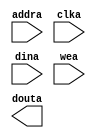
////////////////////////////////////////////////////////////////////////////////
// Copyright (c) 1995-2013 Xilinx, Inc.  All rights reserved.
////////////////////////////////////////////////////////////////////////////////
//   ____  ____ 
//  /   /\/   / 
// /___/  \  /    Vendor: Xilinx 
// \   \   \/     Version : 14.7
//  \   \         Application : 
//  /   /         Filename : xil_15424_66
// /___/   /\     Timestamp : 05/03/2021 22:36:30
// \   \  /  \ 
//  \___\/\___\ 
//
//Command: 
//Design Name: 
//
`timescale 1ns / 1ps

module blockmemory16kx1(addra, 
                        clka, 
                        dina, 
                        wea, 
                        douta);

    input [9:0] addra;
    input clka;
    input [15:0] dina;
    input [0:0] wea;
   output [15:0] douta;
   
   
endmodule